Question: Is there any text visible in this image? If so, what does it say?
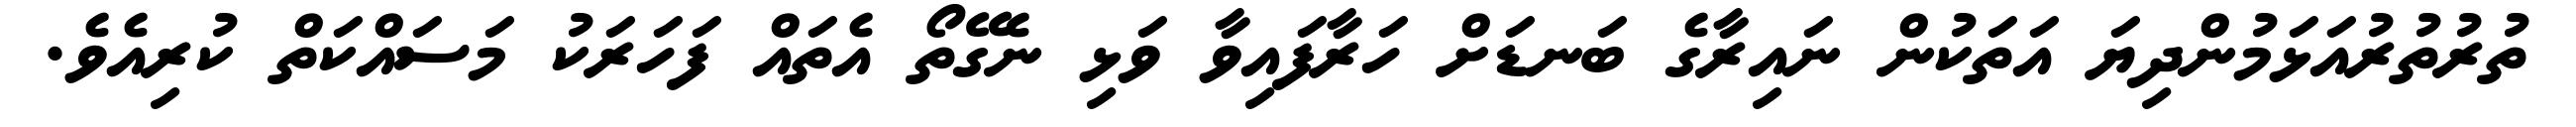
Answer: ތުރުތުރުއަޅަމުންދިޔަ އަތަކުން ނައިރާގެ ބަނޑަށް ހަރާފައިވާ ވަޅި ނެގޭތޯ އެތައް ފަހަރަކު މަސައްކަތް ކުރިއެވެ.